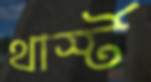
থার্স্ট